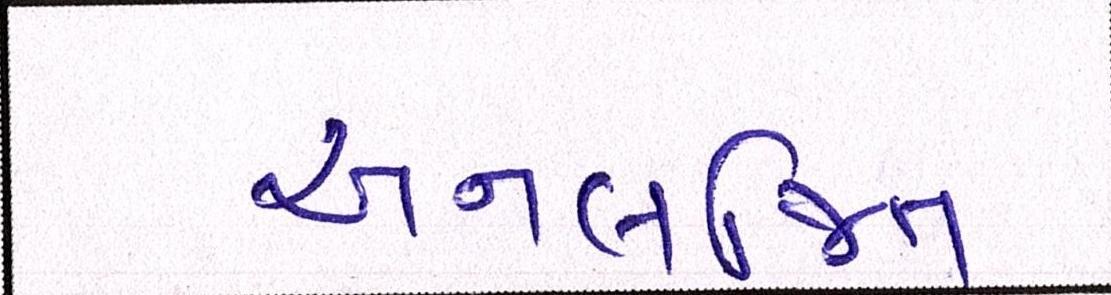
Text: અનલજિત